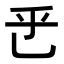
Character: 𬼡